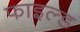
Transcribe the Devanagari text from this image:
फाइल्ड